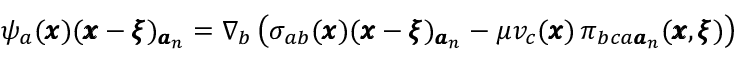
\psi _ { a } ( { \pmb x } ) ( { \pmb x } - { \pmb \xi } ) _ { { \pmb a } _ { n } } = \nabla _ { b } \left( \sigma _ { a b } ( { \pmb x } ) ( { \pmb x } - { \pmb \xi } ) _ { { \pmb a } _ { n } } - \mu v _ { c } ( { \pmb x } ) \, \pi _ { b c a { \pmb a } _ { n } } ( { \pmb x } , { \pmb \xi } ) \right)